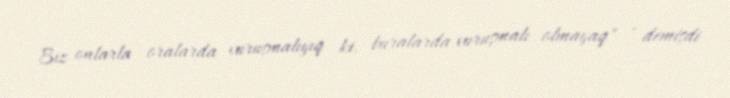
Biz onlarla oralarda vuruşmalıyıq ki, buralarda vuruşmalı olmayaq" - demişdi